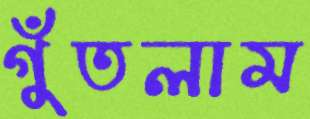
গুঁতলাম